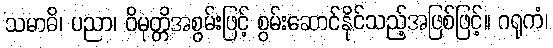
သမာဓိ၊ ပညာ၊ ဝိမုတ္တိအစွမ်းဖြင့် စွမ်းဆောင်နိုင်သည့်အဖြစ်ဖြင့်။ ဂရုကံ၊